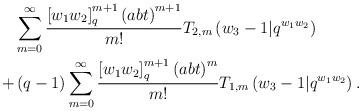
LaTeX: \begin{align*} & \sum_{m=0}^{\infty}\frac{\left[w_{1}w_{2}\right]_{q}^{m+1}\left(abt\right)^{m+1}}{m!}T_{2,m}\left(w_{3}-1|q^{w_{1}w_{2}}\right)\\+ & \left(q-1\right)\sum_{m=0}^{\infty}\frac{\left[w_{1}w_{2}\right]_{q}^{m+1}\left(abt\right)^{m}}{m!}T_{1,m}\left(w_{3}-1|q^{w_{1}w_{2}}\right).\end{align*}